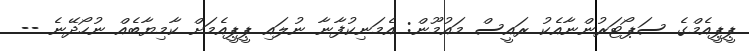
ޕީޕީއެމްގެ ސަޕޯޓަރުންނާއެކު ރައީސް މައުމޫން: އެމަނިކުފާނާ ނުލައި ޕީޕީއެމަށް ކާމިޔާބެއް ނުހޯދޭނެ --